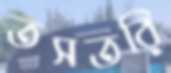
তসতরি